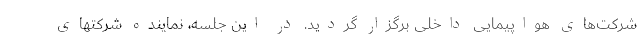
شرکت‌های هواپیمایی داخلی برگزار گردید. در این جلسه، نماینده شرکتهای